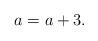
LaTeX: \begin{align*} a_{} = a+3.\end{align*}